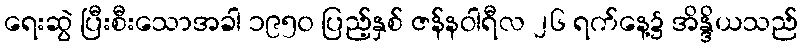
ရေးဆွဲ ပြီးစီးသောအခါ ၁၉၅၀ ပြည့်နှစ် ဇန်နဝါရီလ ၂၆ ရက်နေ့၌ အိန္ဒိယသည်